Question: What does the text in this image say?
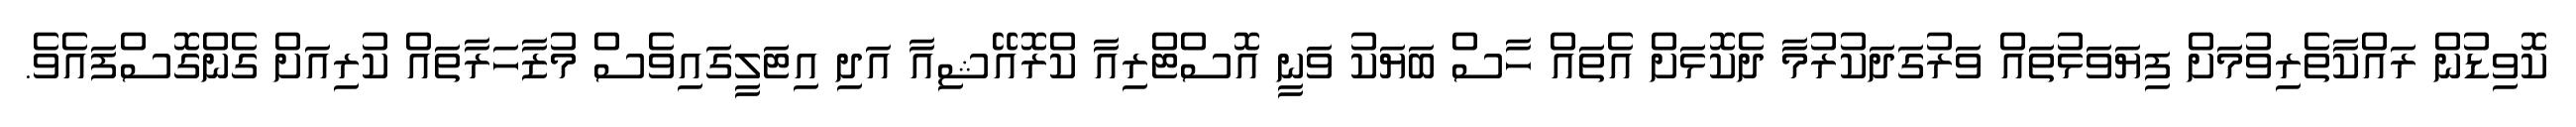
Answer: ކޮވިޑުން ރައްކާތެރިވުމަށް ފިޔަވަޅުތައް ވަރުގަދަކުރުމާ ދެކޮޅަށް އެތައް ހާސް ބަޔަކު ވަނީ އޮސްޓްރިއާ ކްރޮއޭޝިއާ އަދި އިޓަލީގައިވެސް މުޒާހަރާތައް ކުރިއަށް ގެންގޮސްފައެވެ.